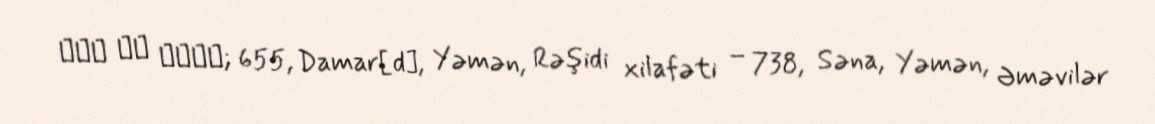
وهب بن منبه; 655, Damar[d], Yəmən, Rəşidi xilafəti – 738, Səna, Yəmən, Əməvilər